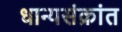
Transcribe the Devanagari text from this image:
धान्यसंक्रांत